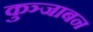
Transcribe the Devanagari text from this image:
कुञ्जाबन